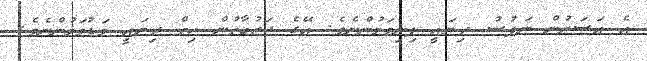
އެ އަސަރުން ނަފުސު ދިޔައީ ފިނިވަމުންނެވެ. އޭގެ ޖަޒުބާތުން ހިތް ދިޔައީ މަޑުވަމުންނެވެ.